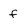
Character: f